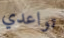
تواعدي